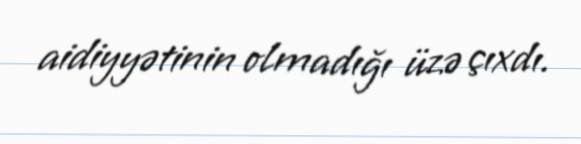
aidiyyətinin olmadığı üzə çıxdı.